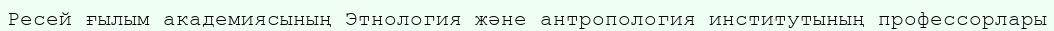
Ресей ғылым академиясының Этнология және антропология институтының профессорлары